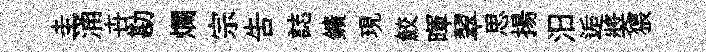
圭涌卋勘爛宗吿誌鑛現鮫暉翠思揚汨逅奬猥